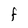
Character: F